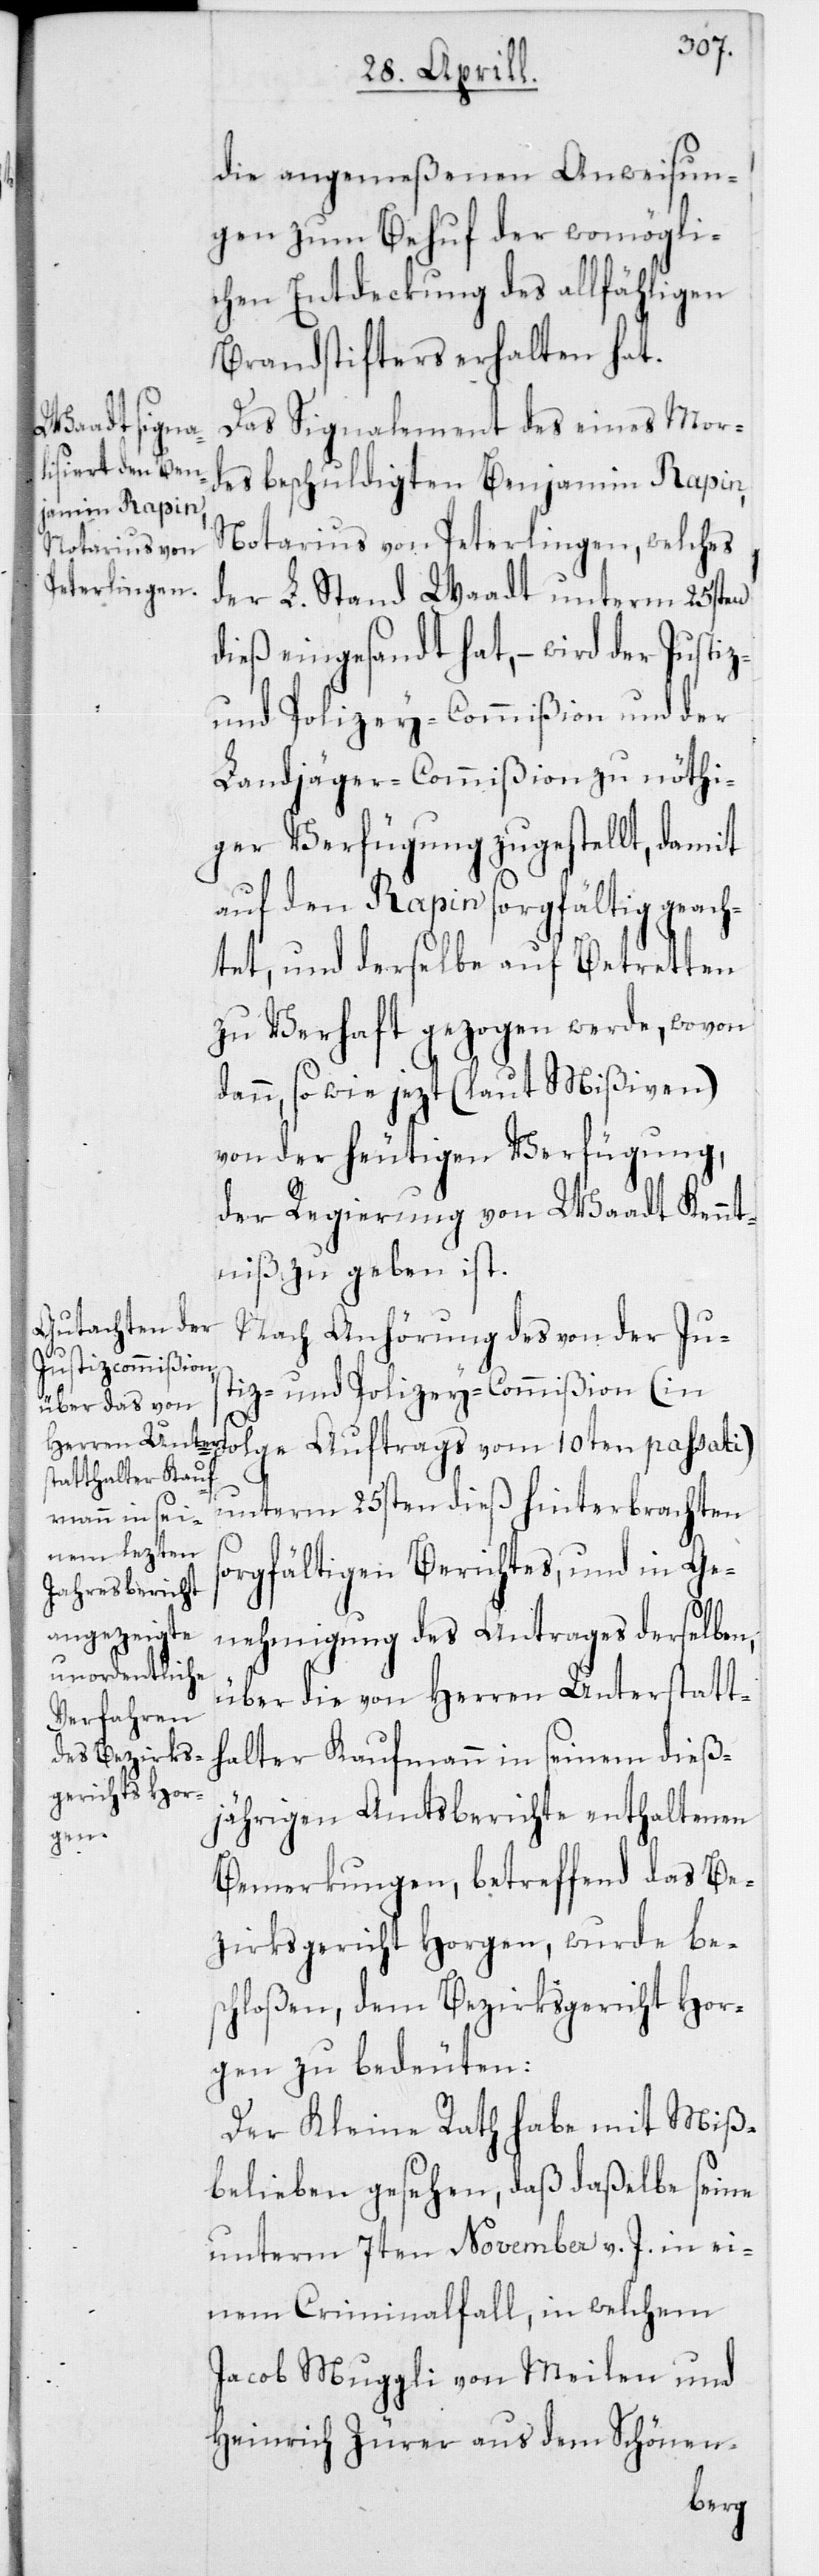
die angemeßenen Anweisun¬
gen zum Behuf der womögli¬
chen Entdeckung des allfähligen
Brandstifters erhalten hat.
Das Signalement des eines Mor¬
des beschuldigten Benjamin Rapin,
Notarius von Peterlingen, welches
der L. Stand Waadt unterm 25sten
dieß eingesandt hat, – wird der Justiz-
und Polizey- Commißion und der
Landjäger-Commißion zu nöthi¬
ger Verfügung zugestellt, damit
auf den Rapin sorgfältig geach¬
tet, und derselbe auf Betretten
zu Verhaft gezogen werde, wovon
dann, so wie jezt (laut Mißiven)
von der heutigen Verfügung,
der Regierung von Waadt Kennt¬
niß zu geben ist.
Nach Anhörung des von der Jus¬
tiz- und Polizey-Commißion (in
Folge Auftrags vom 10ten passati)
unterm 25sten dieß hinterbrachten
sorgfältigen Berichtes, und in Ge¬
nehmigung des Antrages derselben
über die von Herren Unterstatt¬
halter Kaufmann in seinem dießj¬
ährigen Amtsberichte enthaltenen
Bemerkungen, betreffend das Be¬
zirksgericht Horgen, wurde bes¬
chloßen, dem Bezirkgericht Hor¬
gen zu bedeuten:
Der Kleine Rath habe mit Miß¬
belieben gesehen, daß daßelbe seine
unterm 7ten November v. J. in ei¬
nem Criminalfalle, in welchem
Jacob Muggli von Meilen und
Heinrich Zürer aus dem Schönen-